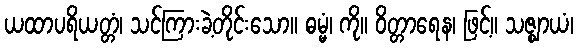
ယထာပရိယတ္တံ၊ သင်ကြားခဲ့တိုင်းသော။ ဓမ္မံ၊ ကို။ ဝိတ္တာရေန၊ ဖြင့်။ သဇ္ဈာယံ၊